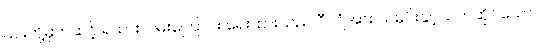
၎င်းတို့မှတဆင့် ရထားလမ်းကြောင်း ရေးထားသည် ဝီလျံအား သမိုင်းနှင့်သက်ဆိုင်သော